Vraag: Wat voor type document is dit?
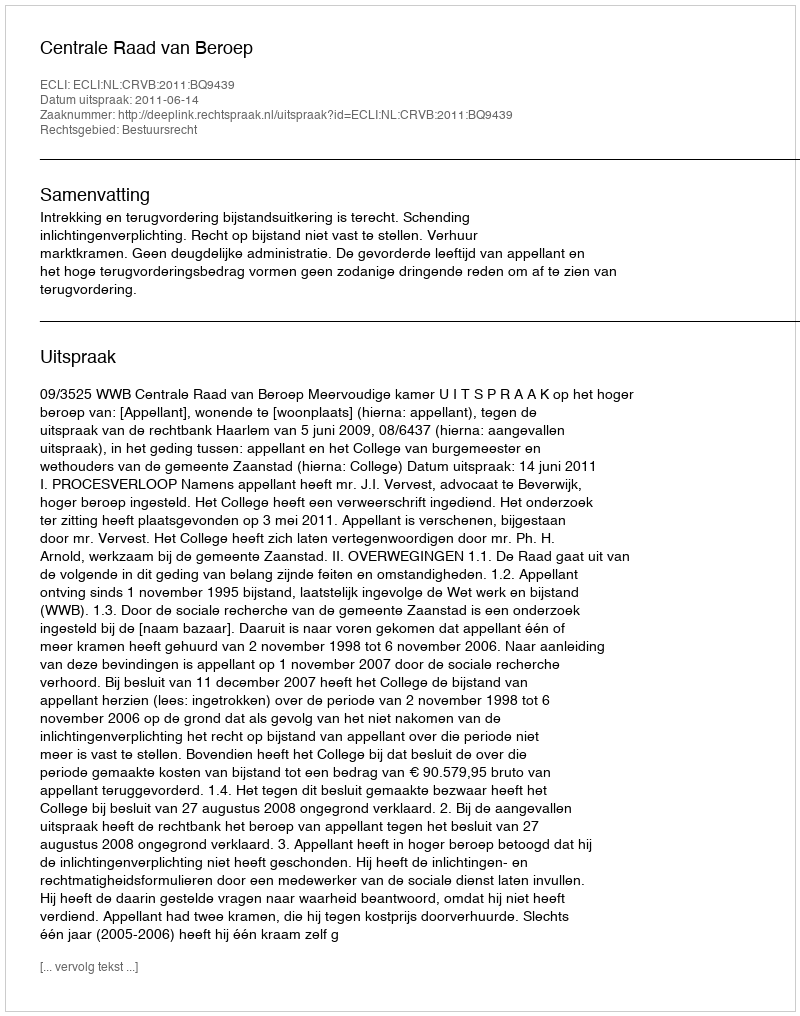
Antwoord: Uitspraak